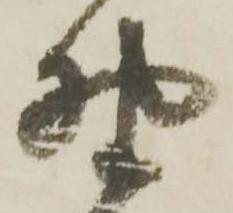
野